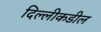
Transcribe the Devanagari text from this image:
दिल्लीकडील